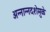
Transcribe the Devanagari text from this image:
अन्नान्नदशेमुळे